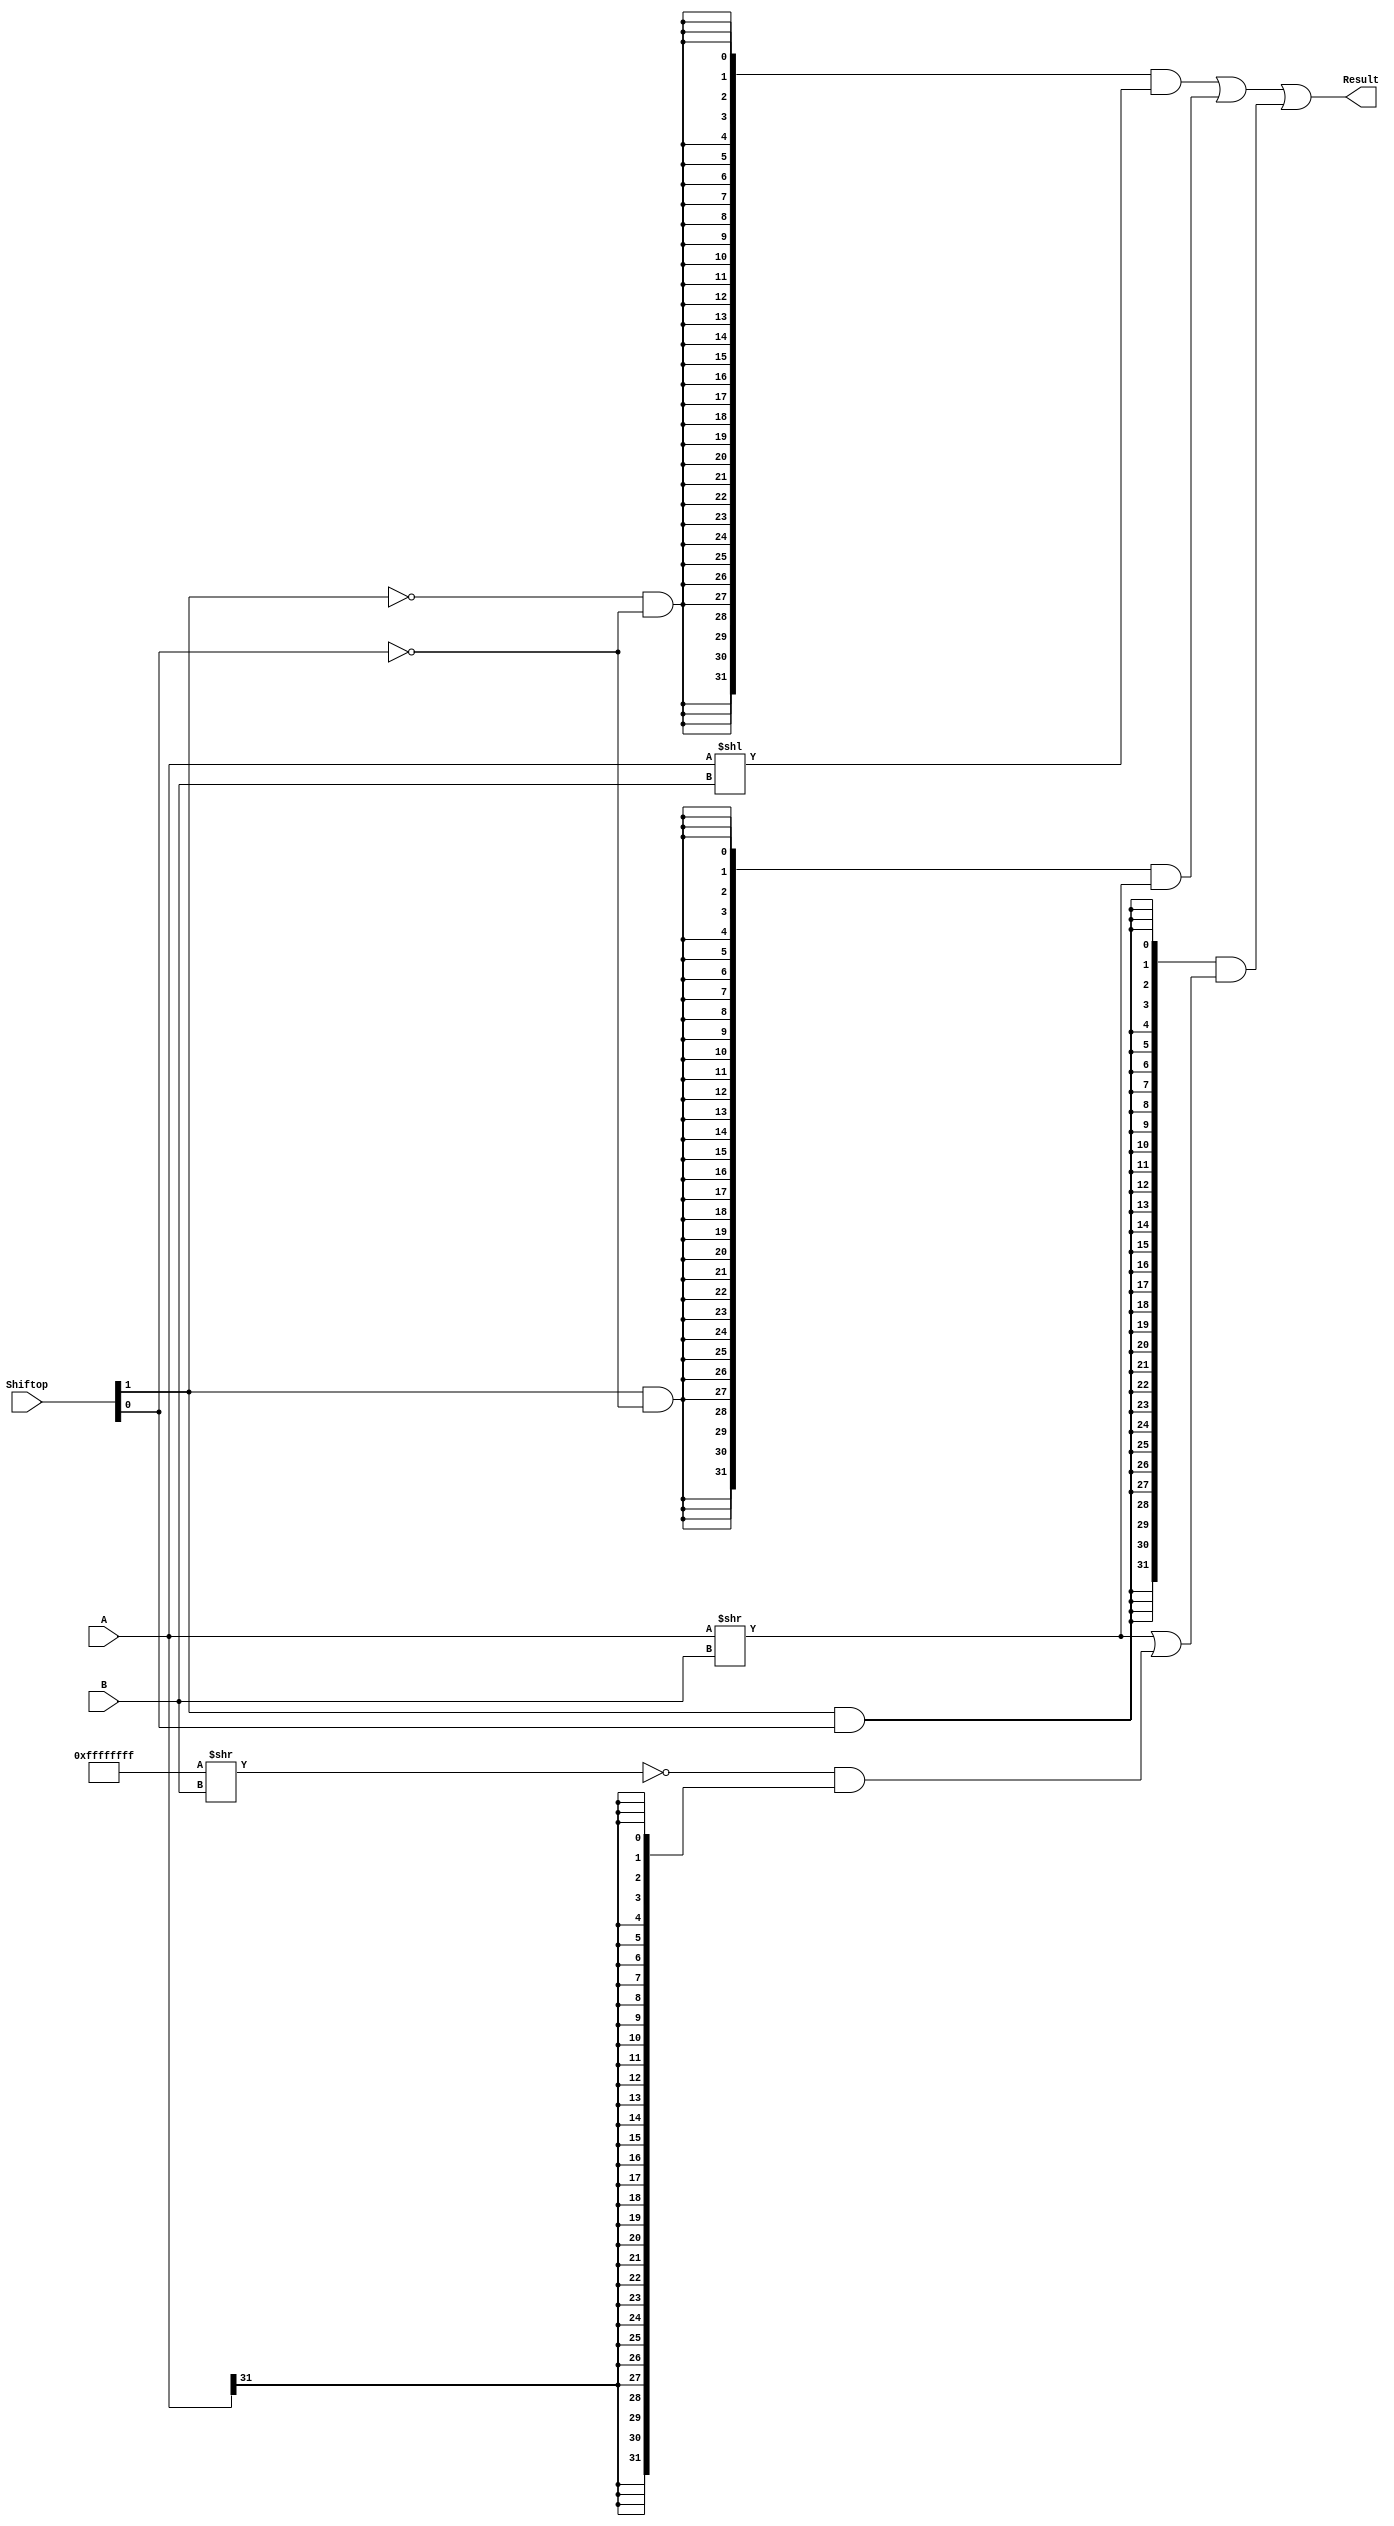
`timescale 10 ns / 1 ns

`define DATA_WIDTH 32

module shifter (
	input  [`DATA_WIDTH - 1:0] A,
	input  [              4:0] B,
	input  [              1:0] Shiftop,
	output [`DATA_WIDTH - 1:0] Result
);
	// TODO: Please add your logic code here
	
	assign Result =	{(`DATA_WIDTH){~Shiftop[1] & ~Shiftop[0]}} & (A<<B)
				  |	{(`DATA_WIDTH){ Shiftop[1] & ~Shiftop[0]}} & (A>>B)	//logical
				  |	{(`DATA_WIDTH){ Shiftop[1] &  Shiftop[0]}} & (		//arithmetic
					  (A>>B) | ~((~32'b0)>>B) & {(32){A[31]}}
				  );
endmodule